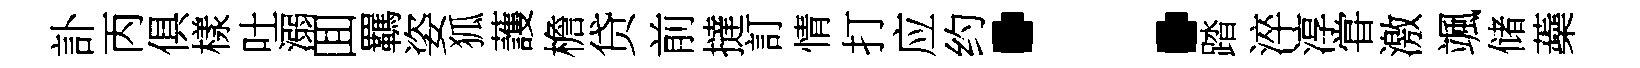
訃丙俱樣吐溺囬羈姿狐䕶檐贷前撻訂情打应约：踏淬淳甞激颯储蘃